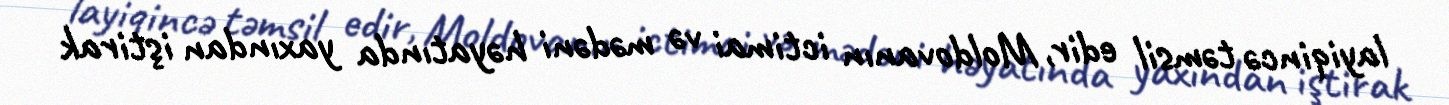
layiqincə təmsil edir, Moldovanın ictimai və mədəni həyatında yaxından iştirak